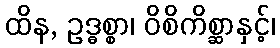
ထိန, ဥဒ္ဓစ္စာ၊ ဝိစိကိစ္ဆာနှင့်၊